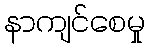
နာကျင်စေမှု